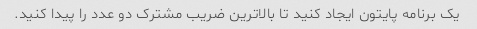
یک برنامه پایتون ایجاد کنید تا بالاترین ضریب مشترک دو عدد را پیدا کنید.